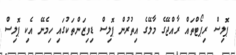
ޕޮލިސް ރިޕޯޓްތައް ރާއްޖޭގެ މާލޭގެ އިތުރުން ޕޮލިސް ޑިވިޒަންތަކުގައި ހިމެނޭ އެކި ޕޮލިސް